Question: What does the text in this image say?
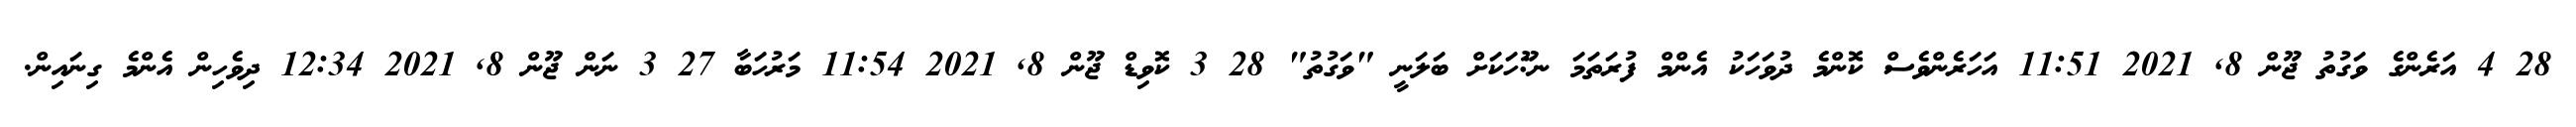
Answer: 28 4 އަރެންގެ ވަގުތު ޖޫން 8, 2021 11:51 އަހަރެންވެސް ކޮންމެ ދުވަހަކު އެންމް ފުރަތަމަ ނ:ޫހަކަށް ބަލަނީ "ވަގުތު" 28 3 ކޮވިޑް ޖޫން 8, 2021 11:54 މަރުހަބާ 27 3 ނަން ޖޫން 8, 2021 12:34 ދިވެހިން އެންމެ ގިނައިން.